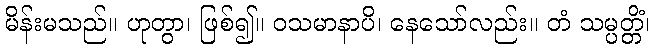
မိန်းမသည်။ ဟုတွာ၊ ဖြစ်၍။ ဝသမာနာပိ၊ နေသော်လည်း။ တံ သမ္ပတ္တိံ၊